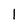
Character: 1